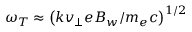
\omega _ { T } \approx \left( k v _ { \perp } e B _ { w } / m _ { e } c \right) ^ { 1 / 2 }